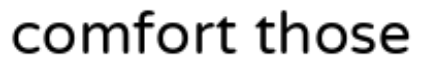
comfort those